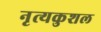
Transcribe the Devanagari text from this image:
नृत्यकुशल